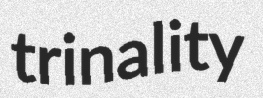
trinality